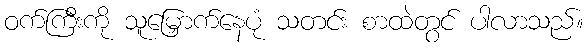
ဝက်ကြီးကို သူမြှောက်နေပုံ သတင်း စာထဲတွင် ပါလာသည်။